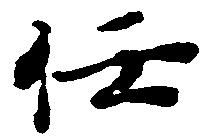
任